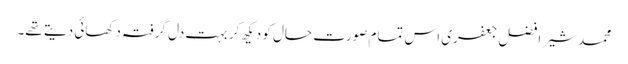
محمد شیر افضل جعفری اس تمام صورت حال کو دیکھ کر بہت دل گرفتہ دکھائی دیتے تھے۔